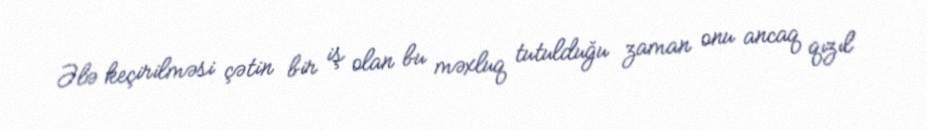
Ələ keçirilməsi çətin bir iş olan bu məxluq tutulduğu zaman onu ancaq qızıl